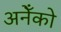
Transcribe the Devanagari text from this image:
अनेँको